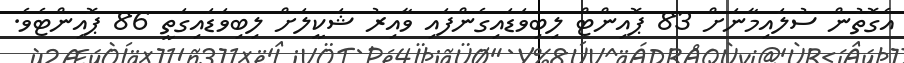
އެގޮތުން ސުލައިމާނަށް 83 ޕޮއިންޓް ލިބިވަޑައިގެންފައި ވާއިރު ޝަކީލަށް ލިބިވަޑައިގަތީ 86 ޕޮއިންޓެވެ.